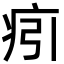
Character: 㽼